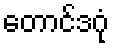
တောင်ဒဂုံ